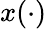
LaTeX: x(\cdot)